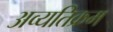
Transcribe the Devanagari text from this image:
अव्यतिक्रम